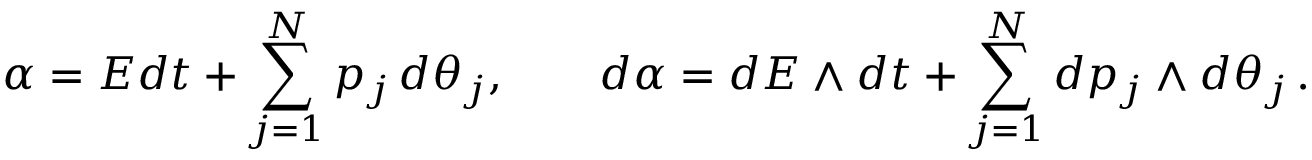
\alpha = E d t + \sum _ { j = 1 } ^ { N } p _ { j } \, d \theta _ { j } , \qquad d \alpha = d E \wedge d t + \sum _ { j = 1 } ^ { N } d p _ { j } \wedge d \theta _ { j } \, .